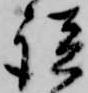
談